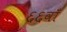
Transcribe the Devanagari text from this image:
६६वाँ